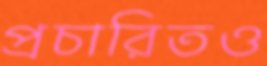
প্রচারিতও